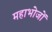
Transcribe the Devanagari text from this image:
महाभोजों